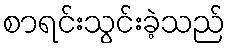
စာရင်းသွင်းခဲ့သည်